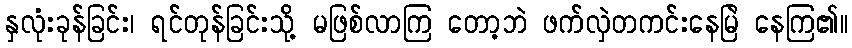
နှလုံးခုန်ခြင်း၊ ရင်တုန်ခြင်းသို့ မဖြစ်လာကြ တော့ဘဲ ဖက်လှဲတကင်းနေမြဲ နေကြ၏။